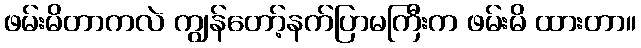
ဖမ်းမိတာကလဲ ကျွန်တော့်နက်ပြာမကြီးက ဖမ်းမိ ထားတာ။